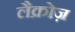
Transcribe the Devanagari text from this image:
लैक्रोज़